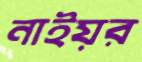
নাইয়র